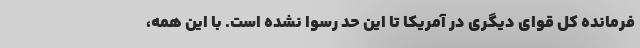
فرمانده کل قوای دیگری در آمریکا تا این حد رسوا نشده است. با این همه،